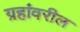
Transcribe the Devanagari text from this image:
ग्रहांवरील